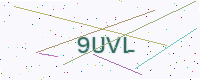
Text: 9UVL